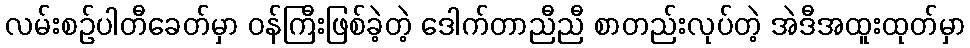
လမ်းစဉ်ပါတီခေတ်မှာ ဝန်ကြီးဖြစ်ခဲ့တဲ့ ဒေါက်တာညီညီ စာတည်းလုပ်တဲ့ အဲဒီအထူးထုတ်မှာ